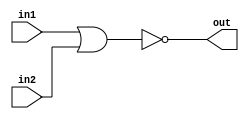
module top_module (
    input in1,
    input in2,
    output out);
    nor(out,in1,in2);
endmodule